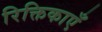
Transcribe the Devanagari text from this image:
रिक्तिकाएँ